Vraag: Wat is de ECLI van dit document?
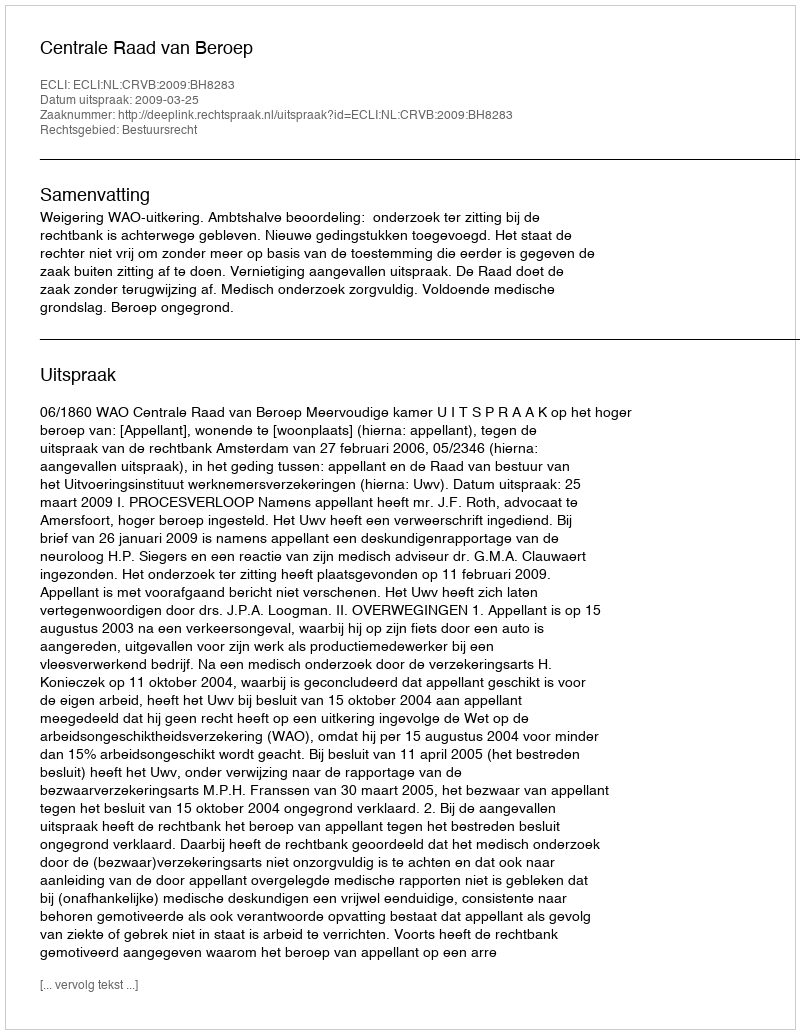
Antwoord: ECLI:NL:CRVB:2009:BH8283